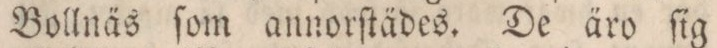
Bollnäs ſom annorſtädes. De äro ſig